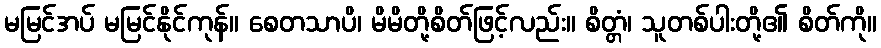
မမြင်အပ် မမြင်နိုင်ကုန်။ စေတသာပိ၊ မိမိတို့စိတ်ဖြင့်လည်း။ စိတ္တံ၊ သူတစ်ပါးတို့၏ စိတ်ကို။